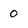
Character: o